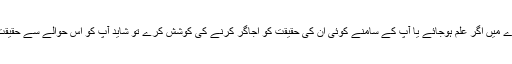
لیکن آپ کو ان کی حقیقت کے بارے میں اگر علم ہوجائے یا آپ کے سامنے کوئی ان کی حقیقت کو اُجاگر کرنے کی کوشش کرے تو شاید آپ کو اس حوالے سے حقیقت کو رد کرنا بہت مشکل ہو جائے۔